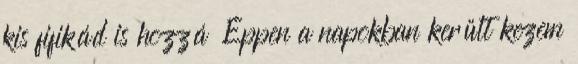
kis fifikád is hozzá Éppen a napokban került kezem